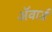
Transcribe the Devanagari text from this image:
अॅवार्ड